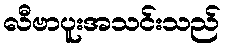
လီဗာပူးအသင်းသည်